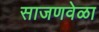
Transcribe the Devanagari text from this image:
साजणवेळा